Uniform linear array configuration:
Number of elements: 32
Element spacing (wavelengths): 0.5
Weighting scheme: binomial
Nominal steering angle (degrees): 30
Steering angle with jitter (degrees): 29.453
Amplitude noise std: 0.05
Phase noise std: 0.05

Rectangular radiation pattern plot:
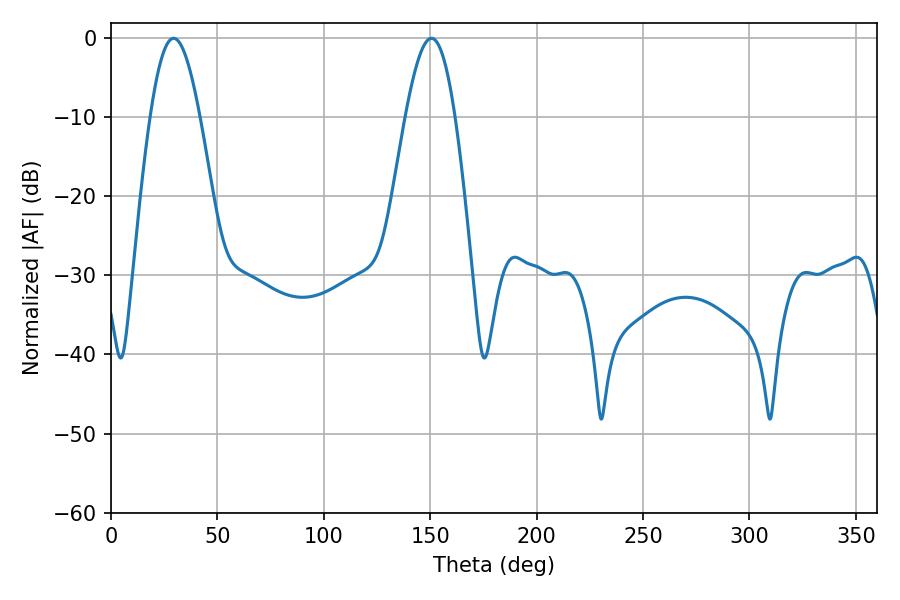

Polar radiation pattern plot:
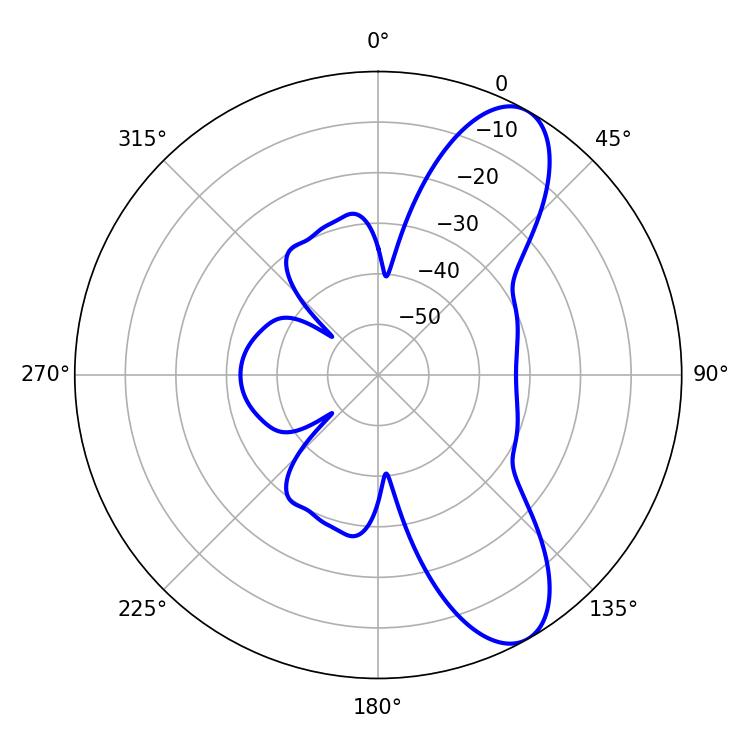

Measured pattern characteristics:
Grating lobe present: FALSE
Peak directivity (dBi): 9.263
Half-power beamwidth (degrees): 12.42
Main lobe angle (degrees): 29.34